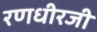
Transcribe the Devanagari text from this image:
रणधीरजी